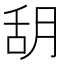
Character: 䑚